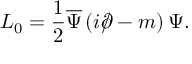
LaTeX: { \cal L } _ { 0 } = \frac 1 2 \overline { { \Psi } } \left( i \rlap \slash \partial - m \right) \Psi .